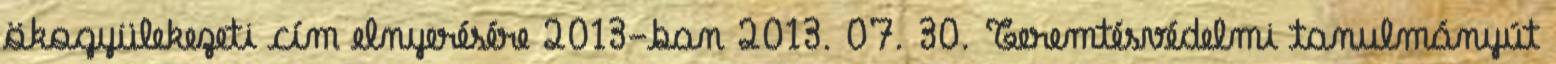
ökogyülekezeti cím elnyerésére 2013-ban 2013. 07. 30. Teremtésvédelmi tanulmányút